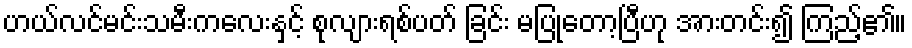
ဟယ်လင်မင်းသမီးကလေးနှင့် စုလျားရစ်ပတ် ခြင်း မပြုတော့ပြီဟု အားတင်း၍ ကြည့်၏။